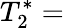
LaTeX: T_{2}^{*}=